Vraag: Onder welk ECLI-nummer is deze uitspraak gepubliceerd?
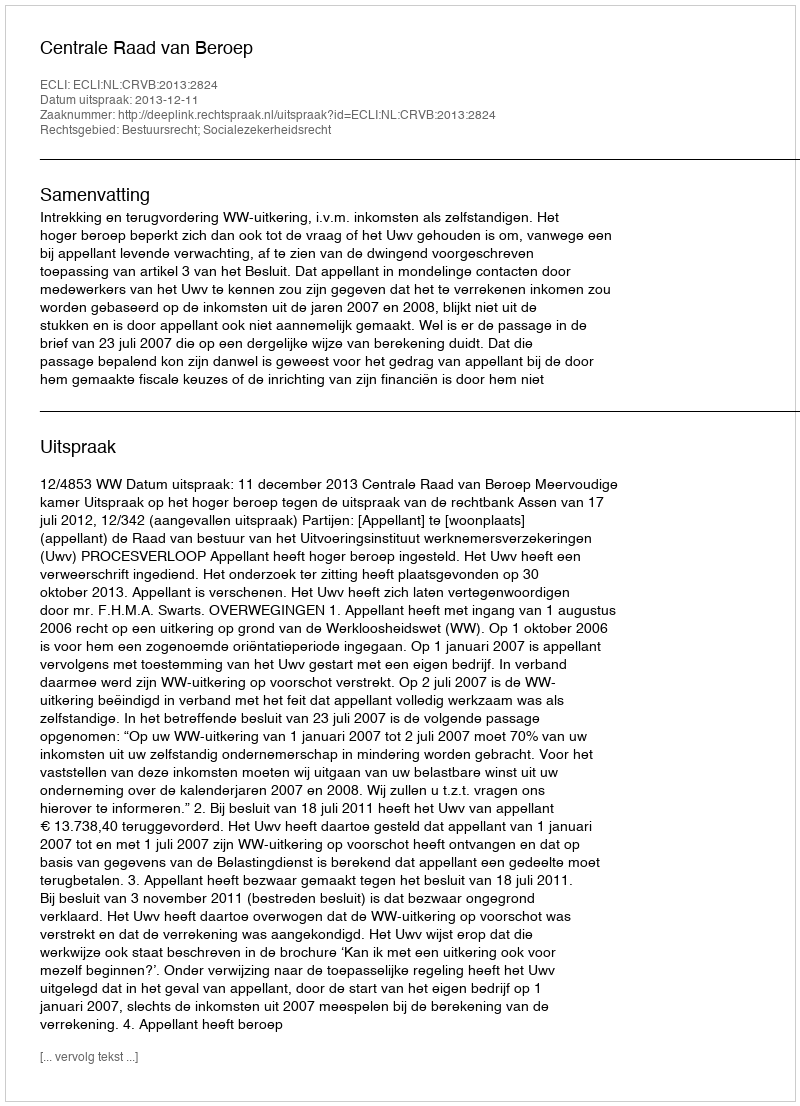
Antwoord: ECLI:NL:CRVB:2013:2824